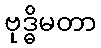
ဗုဒ္ဓိမတာ